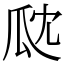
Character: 㼉